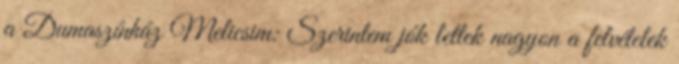
a Dumaszínház Melicsim: Szerintem jók lettek nagyon a felvételek